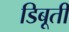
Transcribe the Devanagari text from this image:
डिबूती